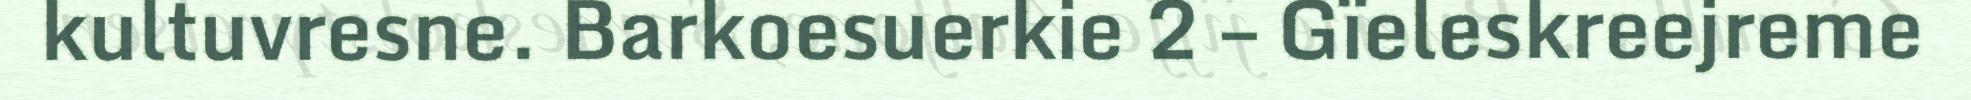
kultuvresne. Barkoesuerkie 2 – Gïeleskreejreme